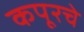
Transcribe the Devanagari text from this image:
कपूरचे